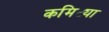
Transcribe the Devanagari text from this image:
कमिट्या